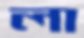
লা